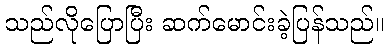
သည်လိုပြောပြီး ဆက်မောင်းခဲ့ပြန်သည်။